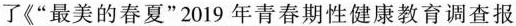
了《“最美的春夏”2019年青春期性健康教育调查报